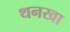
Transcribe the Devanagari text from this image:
थनखा